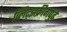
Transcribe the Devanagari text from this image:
ब्लिट्झक्रीगपुढे